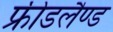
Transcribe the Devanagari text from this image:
फ्रीडलैण्ड